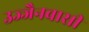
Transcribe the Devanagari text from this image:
उज्जैनवासी